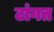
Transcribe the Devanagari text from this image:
टांगत